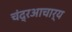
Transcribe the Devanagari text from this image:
चंद्रआचार्य